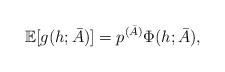
LaTeX: \begin{align*}\mathbb{E}[g(h; \bar{A})] = p^{(\bar{A})} \Phi(h; \bar{A}),\end{align*}